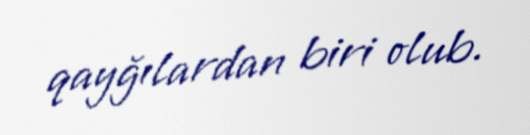
qayğılardan biri olub.